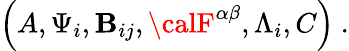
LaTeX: \left(A,\Psi_{i},\mathbf{B}_{ij},{\calF}^{\alpha\beta},\Lambda_{i},C\right)\ .